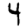
Digit: 4